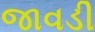
જાવડી